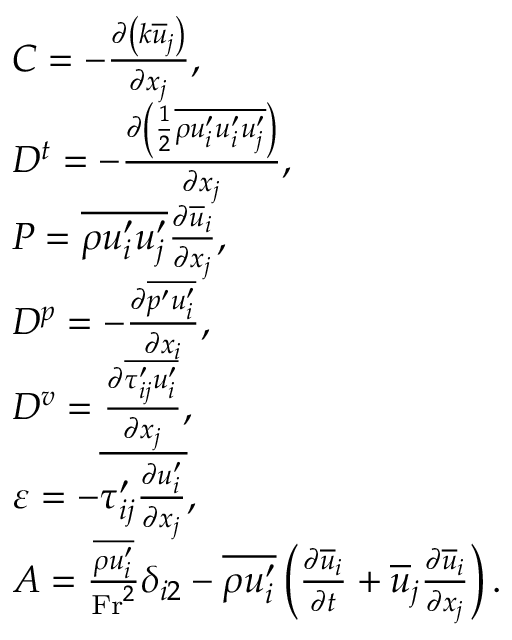
\begin{array} { r l } & { C = - \frac { \partial \left( k \overline { { u } } _ { j } \right) } { \partial x _ { j } } , } \\ & { D ^ { t } = - \frac { \partial \left( \frac { 1 } { 2 } \overline { { \rho u _ { i } ^ { \prime } u _ { i } ^ { \prime } u _ { j } ^ { \prime } } } \right) } { \partial x _ { j } } , } \\ & { P = \overline { { \rho u _ { i } ^ { \prime } u _ { j } ^ { \prime } } } \frac { \partial \overline { { u } } _ { i } } { \partial x _ { j } } , } \\ & { D ^ { p } = - \frac { \partial \overline { { p ^ { \prime } u _ { i } ^ { \prime } } } } { \partial x _ { i } } , } \\ & { D ^ { v } = \frac { \partial \overline { { \tau _ { i j } ^ { \prime } u _ { i } ^ { \prime } } } } { \partial x _ { j } } , } \\ & { \varepsilon = - \overline { { \tau _ { i j } ^ { \prime } \frac { \partial u _ { i } ^ { \prime } } { \partial x _ { j } } } } , } \\ & { A = \frac { \overline { { \rho u _ { i } ^ { \prime } } } } { \mathrm { F r } ^ { 2 } } \delta _ { i 2 } - \overline { { \rho u _ { i } ^ { \prime } } } \left( \frac { \partial \overline { { u } } _ { i } } { \partial t } + \overline { { u } } _ { j } \frac { \partial \overline { { u } } _ { i } } { \partial x _ { j } } \right) . } \end{array}